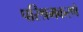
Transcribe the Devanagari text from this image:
परिश्रमकरणे